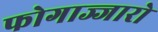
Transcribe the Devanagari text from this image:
फोगाज्जारो